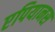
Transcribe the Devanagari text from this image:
एपियानस